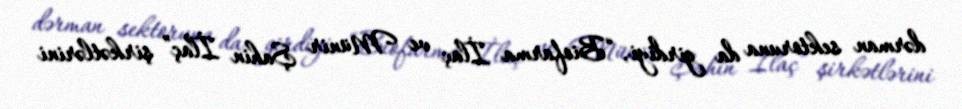
dərman sektoruna da girdiyi, “Biofarma İlaç ve Münir Şahin İlaç” şirkətlərini